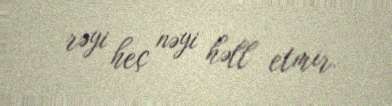
rəyi heç nəyi həll etmir.